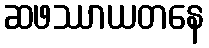
ဆဖဿာယတနေ